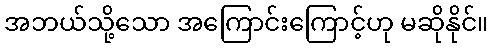
အဘယ်သို့သော အကြောင်းကြောင့်ဟု မဆိုနိုင်။